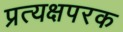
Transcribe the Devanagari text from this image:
प्रत्यक्षपरक